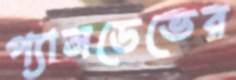
প্যানডেভের